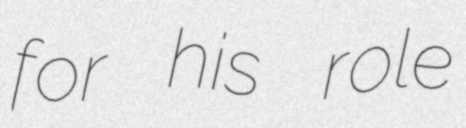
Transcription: for his role